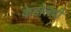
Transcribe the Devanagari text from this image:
केटोलवी